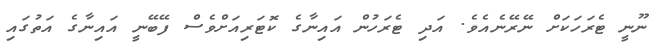
ނޫނީ ޓެރަހަކަށް ނޭރޭނެއެވެ. އަދި ޓެރަހުން އައިނާގެ ކޮޓަރިއަށްވެސް ފޭބޭނީ އައިނާގެ އަތުގައި